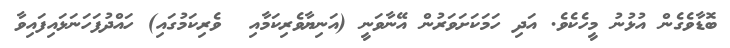
ބޮޑާވެގެން އުޅުނު މީހެކެވެ. އަދި ހަމަކަށަވަރުން އޭނާވަނީ (އަނިޔާވެރިކަމާއި  ވެރިކަމުގައި) ހައްދުފަހަނަޅައިފައިވާ